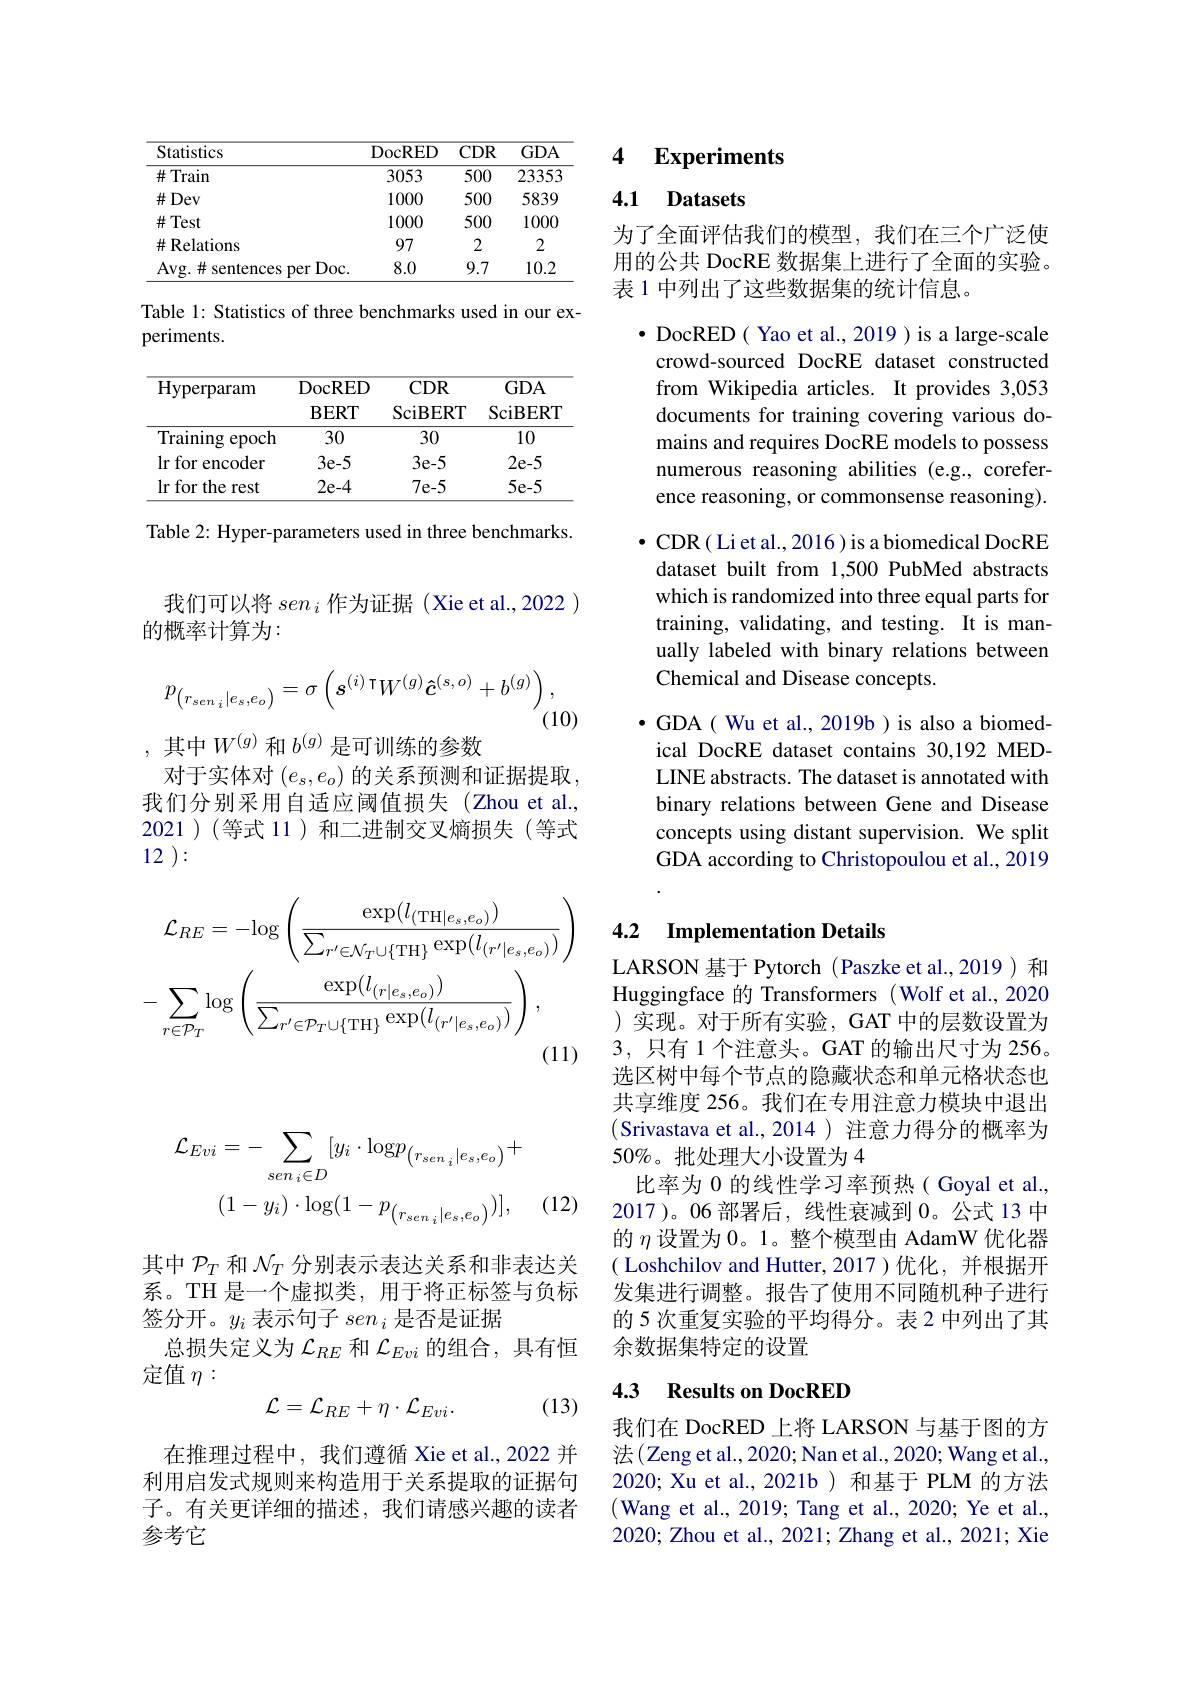
我们可以将$sen_i$作为证据 (Xie et al.,2022 )
的概率计算为：
$$p_{\left(r_{sen\:i}|e_{s},e_{o}\right)}=\sigma\left(s^{(i)\:\intercal}W^{(g)}\boldsymbol{\hat{c}}^{(s,o)}+b^{(g)}\right),$$
(10)

其中$W^{(g)}$和$b^{(g)}$是可训练的参数
对于实体对$(e_s,e_o)$的关系预测和证据提取， 我们分别采用自适应阈值损失(Zhou et al., 2021)(等式 11)和二进制交叉熵损失(等式12 ):
$$\mathcal{L}_{RE}=-\mathrm{log}\left(\frac{\exp(l_{(\mathrm{TH}|e_{s},e_{o})})}{\sum_{r^{\prime}\in\mathcal{N}_{T}\cup\{\mathrm{TH}\}}\exp(l_{(r^{\prime}|e_{s},e_{o})})}\right)\\-\sum_{r\in\mathcal{P}_{T}}\log\left(\frac{\exp(l_{(r|e_{s},e_{o})})}{\sum_{r^{\prime}\in\mathcal{P}_{T}\cup\{\mathrm{TH}\}}\exp(l_{(r^{\prime}|e_{s},e_{o})})}\right),$$
<table>
	<tbody>
		<tr>
			<th>Statistics</th>
			<th>DocRED</th>
			<th>$CDR$</th>
			<th>$GDA$</th>
		</tr>
		<tr>
			<td>$\#$Train</td>
			<td>3053</td>
			<td>500</td>
			<td>23353</td>
		</tr>
		<tr>
			<td>$\#Dev$</td>
			<td>1000</td>
			<td>500</td>
			<td>5839</td>
		</tr>
		<tr>
			<td>$\#$Test</td>
			<td>1000</td>
			<td>500</td>
			<td>1000</td>
		</tr>
		<tr>
			<td>$\#$Relations</td>
			<td>97</td>
			<td>2</td>
			<td>2</td>
		</tr>
		<tr>
			<td>Avg.# sentences per Doc.</td>
			<td>8.0</td>
			<td>9.7</td>
			<td>10.2</td>
		</tr>
	</tbody>
</table>

Table 1: Statistics of three benchmarks used in our ex-
periments.

<table>
	<tbody>
		<tr>
			<th>Hyperparam</th>
			<th>DocRED $\mathbf{BERT}$</th>
			<th>$CDR$ $\operatorname{SciBERT}$</th>
			<th>$GDA$ SciBERT</th>
		</tr>
		<tr>
			<th>Hyperparam</th>
			<th>DocRED $\mathbf{BERT}$</th>
			<th>$CDR$ SciBERT</th>
			<th>$GDA$ SciBERT</th>
		</tr>
		<tr>
			<td>Training epoch</td>
			<td>30</td>
			<td>30</td>
			<td>10</td>
		</tr>
		<tr>
			<td>lrfor ${\mathrm{encoder}}$</td>
			<td>$3e-5$</td>
			<td>$3e-5$</td>
			<td>2e-5</td>
		</tr>
		<tr>
			<td>lr for the :rest</td>
			<td>2e-4</td>
			<td>$7e-5$</td>
			<td>$5e-5$</td>
		</tr>
	</tbody>
</table>

Table 2: Hyper-parameters used in three benchmarks.

### 4 $\textbf{Experiments}$

## 4.1 Datasets

为了全面评估我们的模型，我们在三个广泛使用的公共 DocRE 数据集上进行了全面的实验。表 1 中列出了这些数据集的统计信息。

· DocRED( Yao et al., 2019 ) is a large-scale
crowd-sourced DocRE dataset constructed from Wikipedia articles. It provides 3,053 documents for training covering various domains and requires DocRE models to possess numerous reasoning abilities (e.g., coreference reasoning, or commonsense reasoning). $\bullet$ CDR( Li et al., 2016) is a biomedical DocRE dataset built from 1,500 PubMed abstracts which is randomized into three equal parts for training, validating, and testing. It is manually labeled with binary relations between Chemical and Disease concepts.

$\bullet$ GDA( Wu et al., 2019b)is also a biomedical DocRE dataset contains 30,192 MEDLINE abstracts. The dataset is annotated with binary relations between Gene and Disease concepts using distant supervision. We split GDA according to Christopoulou et al., 2019

## 4.2 Implementation Details

LARSON 基于 Pytorch (Paszke et al.,2019) 和Huggingface 的 Transformers (Wolf et al., 2020 )实现。对于所有实验，GAT 中的层数设置为3,只有 1 个注意头。GAT 的输出尺寸为 256。选区树中每个节点的隐藏状态和单元格状态也共享维度 256。我们在专用注意力模块中退出(Srivastava et al.,2014 ) 注意力得分的概率为50%。批处理大小设置为 4
比率为 0 的线性学习率预热( Goyal et al., 2017 )。06 部署后，线性衰减到0。公式 13 中的$\eta$设置为0。1。整个模型由 AdamW 优化器( Loshchilov and Hutter, 2017)优化，并根据开发集进行调整。报告了使用不同随机种子进行的 5 次重复实验的平均得分。表 2 中列出了其余数据集特定的设置

### 4.3 Results on DocRED

我们在 DocRED 上将 LARSON 与基于图的方法(Zeng et al., 2020; Nan et al., 2020; Wang et al., 2020; Xu et al.,2021b) 和基于 PLM 的方法(Wang et al., 2019; Tang et al., 2020; Ye et al., 2020; Zhou et al., 2021; Zhang et al., 2021; Xie
$$\mathcal{L}_{Evi}=-\sum_{sen_{i}\in D}[y_{i}\cdot\mathrm{log}p_{\left(r_{sen_{i}}|e_{s},e_{o}\right)}+\\(1-y_{i})\cdot\log(1-p_{\left(r_{sen_{i}}|e_{s},e_{o}\right)})],$$
(12)

其中$\mathcal{P}_T$和$\mathcal{N}_T$分别表示表达关系和非表达关系。TH 是一个虚拟类，用于将正标签与负标签分开。$y_i$表示句子$sen_i$是否是证据
总损失定义为$\mathcal{L}_RE$和$\mathcal{L}_Evi$的组合，具有恒
定值$\eta:$
$$\mathcal{L}=\mathcal{L}_{RE}+\eta\cdot\mathcal{L}_{Evi}.$$
(13)

在推理过程中，我们遵循 Xie et al.,2022 并利用启发式规则来构造用于关系提取的证据句子。有关更详细的描述，我们请感兴趣的读者参考它